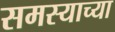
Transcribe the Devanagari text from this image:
समस्याच्या